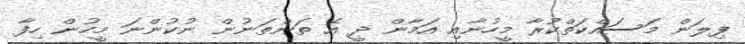
ފިލަން މަސައްކަތްކުރާ މީހުނާއި އަމާން ދީ އެ ތަންތަނުން ނުކުންނަ މީހުން ހިފާ